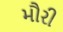
મૌરી